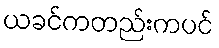
ယခင်ကတည်းကပင်